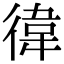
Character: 徫